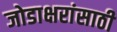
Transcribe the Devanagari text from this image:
जोडाक्षरांसाठी